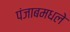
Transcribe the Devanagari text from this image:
पंजाबमधले